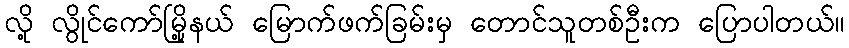
လို့ လွိုင်ကော်မြို့နယ် မြောက်ဖက်ခြမ်းမှ တောင်သူတစ်ဦးက ပြောပါတယ်။